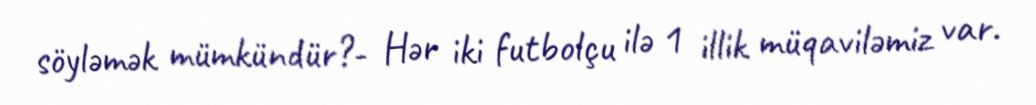
söyləmək mümkündür?- Hər iki futbolçu ilə 1 illik müqaviləmiz var.